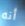
أنه